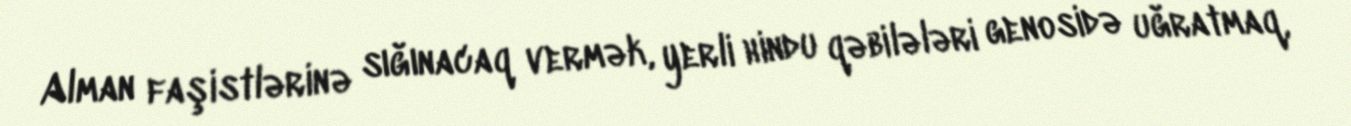
Alman faşistlərinə sığınacaq vermək, yerli hindu qəbilələri genosidə uğratmaq,